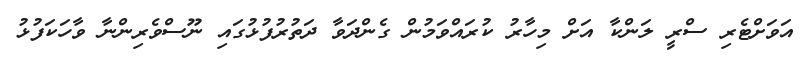
އަވަށްޓެރި ސްރީ ލަންކާ އަށް މިހާރު ކުރައްވަމުން ގެންދަވާ ދަތުރުފުޅުގައި ނޫސްވެރިންނާ ވާހަކަފުޅު